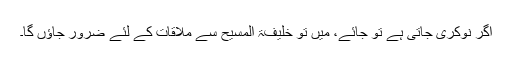
اگر نوکری جاتی ہے تو جائے، مَیں تو خلیفۃ المسیح سے ملاقات کے لئے ضرور جاؤں گا۔